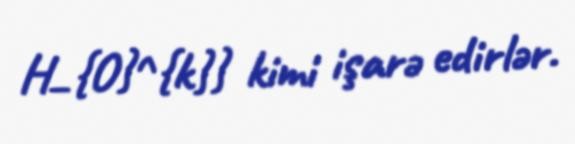
H_{O}^{k}} kimi işarə edirlər.